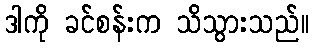
ဒါကို ခင်စန်းက သိသွားသည်။